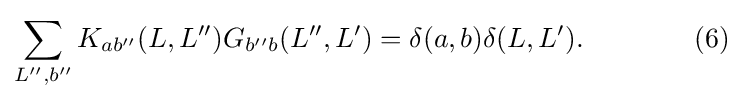
\sum _{L'',b''}K_{ab''}(L,L'')G_{b''b}(L'',L')=\delta (a,b)\delta (L,L').\qquad \qquad (6)